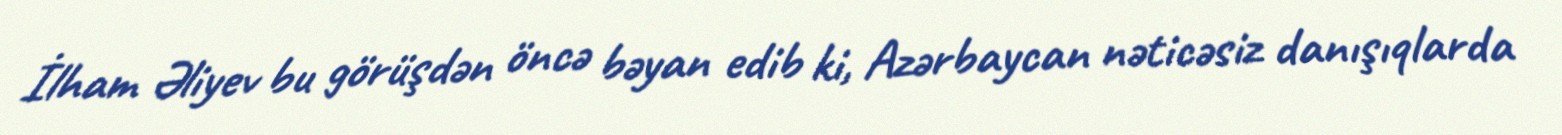
İlham Əliyev bu görüşdən öncə bəyan edib ki, Azərbaycan nəticəsiz danışıqlarda